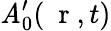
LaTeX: \mathit{A}_{0}^{\prime}(\mathrm{{~\mathbf{~}r~}},t)